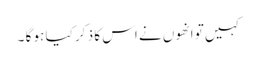
کہیں تو انھوں نے اس کا ذ کر کیا ہو گا ۔